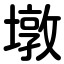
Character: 墩